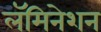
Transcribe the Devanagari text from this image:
लॅमिनेशन